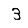
Digit: 3